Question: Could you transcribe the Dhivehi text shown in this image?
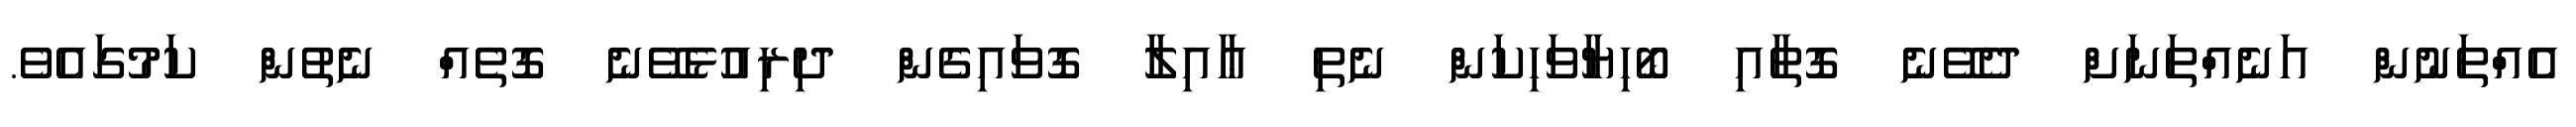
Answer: އެއްތަނުން އަނެއްތަނަށް ދެވޭނެ ގޮތާއި ބޯހިޔާވަހިކަން ނެތި ޢާއިލާ ގޮވައިގެން ދިރިއުޅެވޭނެ ގޮތެއް ނެތުން ކަމުގައެވެ.